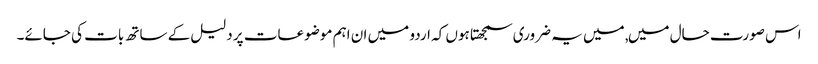
اس صورت حال میں, میں یہ ضروری سمجھتا ہوں کہ اردو میں ان اہم موضوعات پر دلیل کے ساتھ بات کی جائے۔